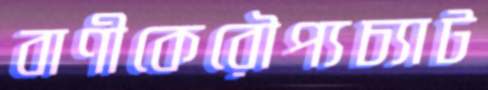
বাণীকেরৌপ্যচ্যাট